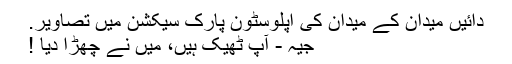
دائیں میدان کے میدان کی اپلوسٹون پارک سیکشن میں تصاویر.
جیہ - آپ ٹھیک ہیں، میں نے چھڑا دیا !